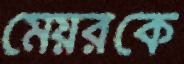
মেয়রকে